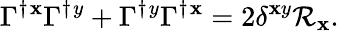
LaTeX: \Gamma^{\dagger}{}^{\mathbf{x}}\Gamma^{\dagger}{}^{y}+\Gamma^{\dagger}{}^{y}\Gamma^{\dagger}{}^{\mathbf{x}}=2\delta^{\mathbf{x}y}\mathcal{{R}}_{\mathbf{x}}.